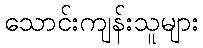
သောင်းကျန်းသူများ